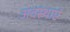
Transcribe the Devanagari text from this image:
अवस्‍थाएं